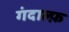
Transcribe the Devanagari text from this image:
गंदाल्फ़